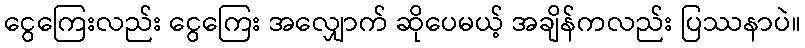
ငွေကြေးလည်း ငွေကြေး အလျှောက် ဆိုပေမယ့် အချိန်ကလည်း ပြဿနာပဲ။